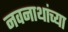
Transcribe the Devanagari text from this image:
नवनाथांच्या